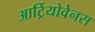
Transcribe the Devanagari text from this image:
आर्ट्रियोवेनस